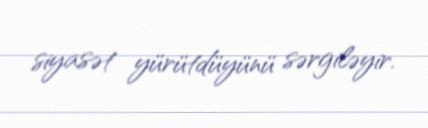
siyasət yürütdüyünü sərgiləyir.